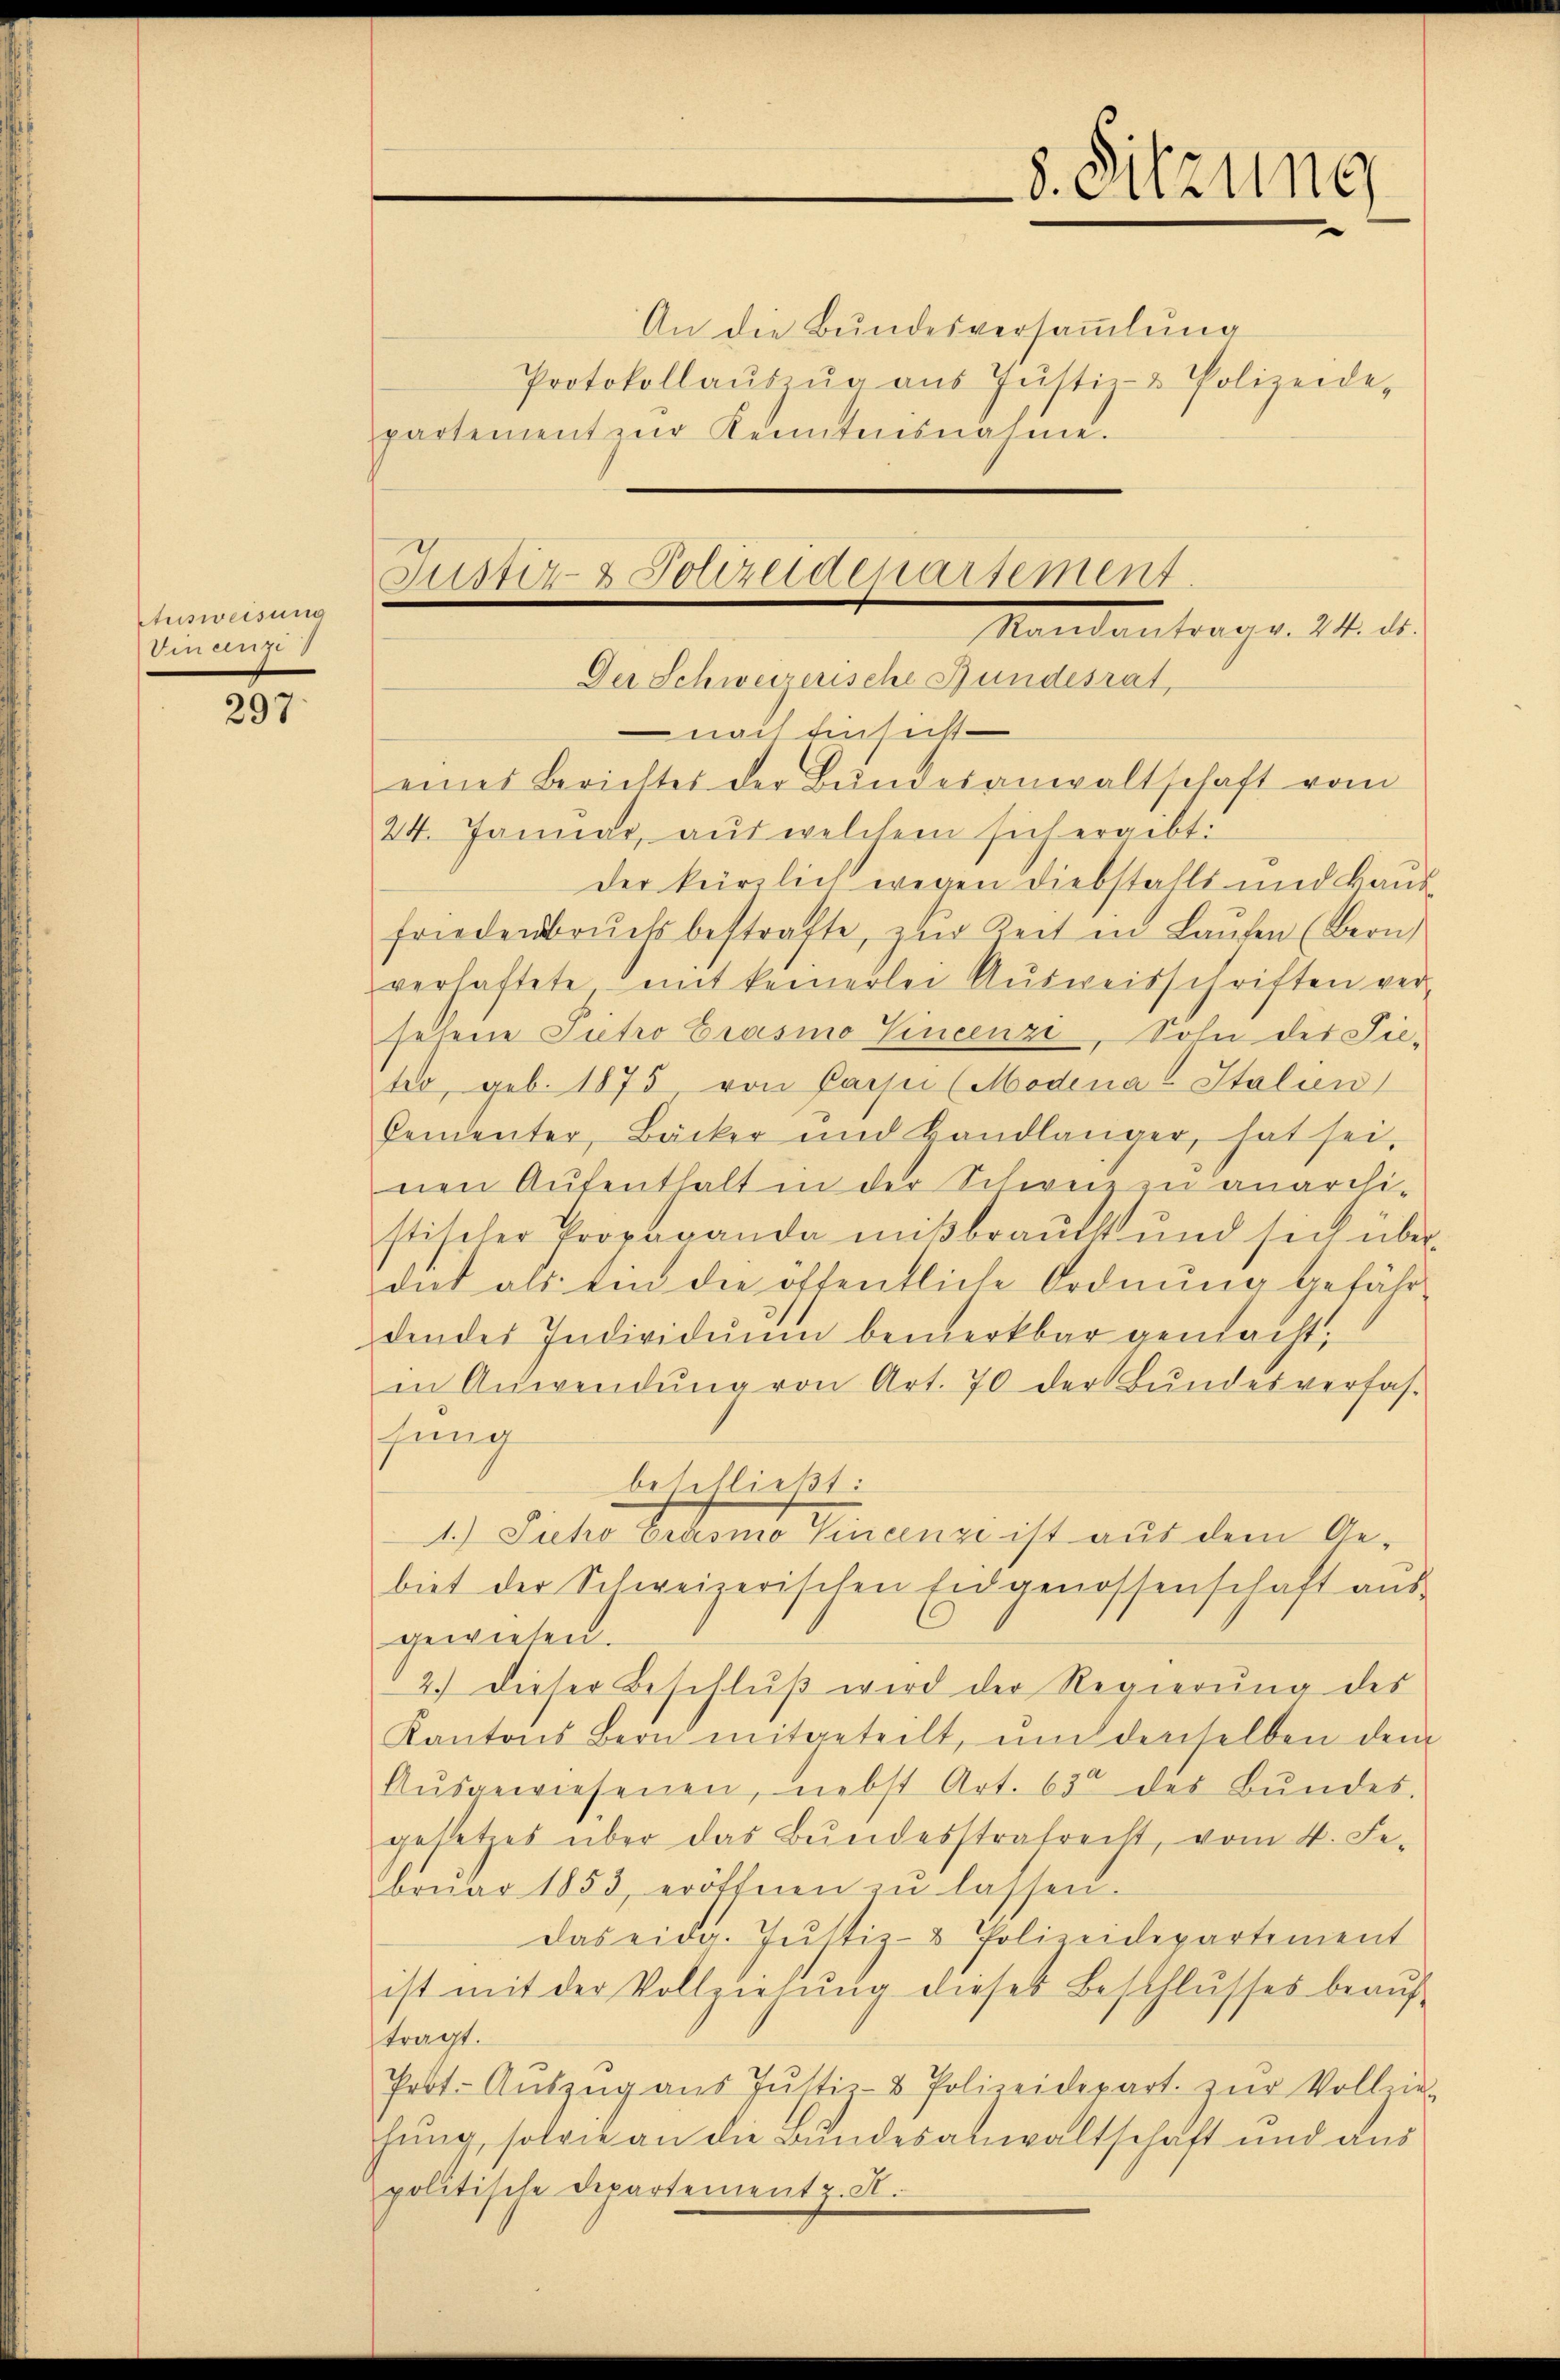
Ausweisung
Omange

297

An die Bundesversammlung
Protokollaŭszŭg aŭs Justiz- & Polizeide-
partement zur Kenntnisnahme.

8. Sitzung

Justiz- & Polizeidenartement.
Mandantrag v. M. d.
Der Schweizerische Bundesrat,

nach Einsicht
eines Berichtes der Bunderanwaltschaft vom
24. Januar, aŭs welchem sich ergibt:
der kürzlich wegen Diebstahls und kausfriedenbruchs bestrafte, zŭr Zeit in Laŭfen (Bern,
verhaftete mit keinerlei Aŭsweisschriften ver-
sehene Pietro Crasino Vincenzi, Sohn des Tietio, geb. 1875 von Pässe (Modena Italien
Cementer, Bäcker und Handlanger, hat sei,
nen Aufenthalt in der Schweiz zu anarchi-
stischer Propaganda mißbraucht und sich über
dit als ein die öffentliche Ordnung gefährdendes Individuum bemerkbar gemacht;
in Anwendŭng von Art. 70 der Bundesverfas-
fung
betitließt:
1.) Fuchs beten Genange ist auf dem Gebiet der Schweizerischen Eidgenossenschaft aus-
gewiesen.
2.) Dieser Beschlŭβ wird der Regierung des
Kantons Bern mitgeteilt, und denselben dem
Aŭsgewiesenen, nebst Art. 63 des Bŭndes,
gesetzes über das Bŭndesstrafrecht, vom 4. Fe
brŭar 1853, eröffnen zu lassen.
das eidg. Jŭstiz- & Polizeidepartement
ist mit der Vollziehŭng dieses Beschlŭsses beaŭf-
tragt.
Prot. Aŭszŭg aŭs Jŭstiz- & Polizeidepart. zŭr Voll in
hung, solie an die Bundesanwaltschaft und aus
politische Departementz. A.